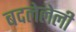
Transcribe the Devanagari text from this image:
बदलेलेली